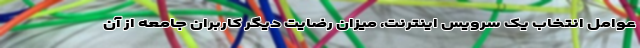
عوامل انتخاب یک سرویس اینترنت، میزان رضایت دیگر کاربران جامعه از آن